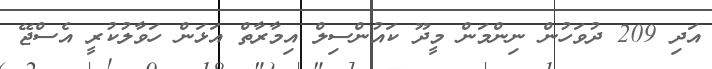
އަދި 209 ދުވަހުން ނިންމަން މީދޫ ކައުންސިލް އިމާރާތް އަޅަން ހަވާލުކުރީ އެސްޖޭ